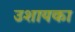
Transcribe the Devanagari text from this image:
उशायका